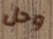
وحل